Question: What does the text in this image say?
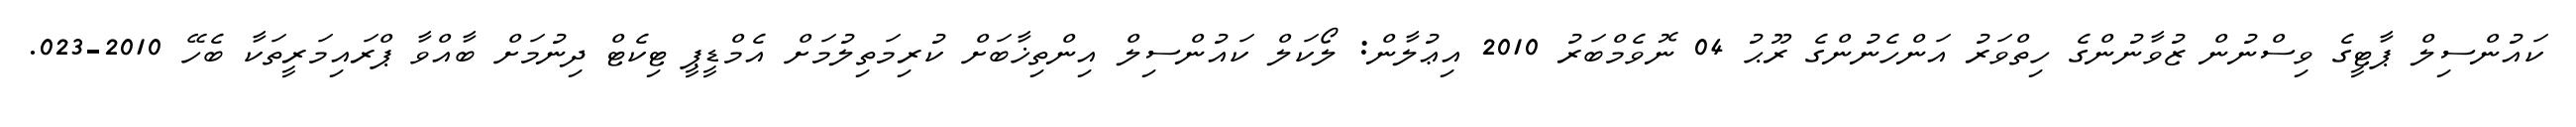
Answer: ކައުންސިލް ޕާޓީގެ ވިސްނުން ޒުވާނުންގެ ހިތްވަރު އަންހެނުންގެ ރޫޙު 04 ނޮވެމްބަރު 2010 އިޢުލާން: ލޯކަލް ކައުންސިލް އިންތިޚާބަށް ކުރިމަތިލުމަށް އެމްޑީޕީ ޓިކެޓް ދިނުމަށް ބާއްވާ ޕްރައިމަރީތަކާ ބެހޭ 2010-023.